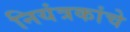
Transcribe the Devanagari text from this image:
नियंत्रकांचे